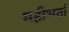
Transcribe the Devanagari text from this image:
महीभर्ता